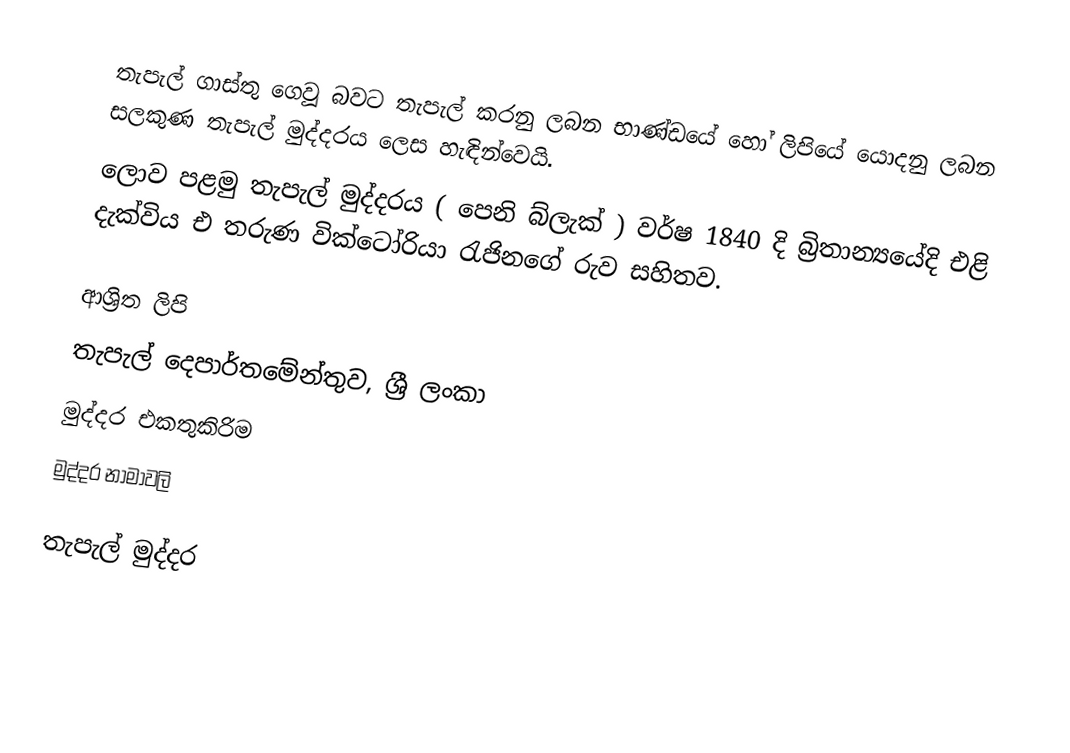
තැපැල් ගාස්තු ගෙවූ බවට තැපැල් කරනු ලබන භාණ්ඩයේ හෝ ලිපියේ යොදනු ලබන සලකුණ තැපැල් මුද්දරය ලෙස හැඳින්වෙයි.
ලොව පළමු තැපැල් මුද්දරය ( පෙනි බ්ලැක් ) වර්ෂ 1840 දි බ්‍රිතාන්‍යයේදි එළි දැක්විය එ තරුණ වික්ටෝරියා රැජිනගේ රුව සහිතව.

ආශ්‍රිත ලිපි
තැපැල් දෙපාර්තමේන්තුව, ශ්‍රී ලංකා
මුද්දර එකතුකිරිම
මුද්දර නාමාවලි

තැපැල් මුද්දර